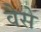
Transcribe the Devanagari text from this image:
वैेसे